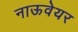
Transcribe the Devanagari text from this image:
नाऊवेयर